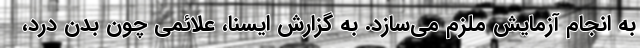
به انجام آزمایش ملزم می‌سازد. به گزارش ایسنا، علائمی چون بدن درد،